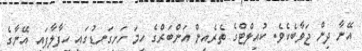
އޭނާ ދިން ޖަވާބެކެވެ. ކުއިލްޓްގެ ތެރެއިން އަންބަރްގެ ހިމަ ހަށިގަނޑުގައި ހިފާލާފައި އޭނާގެ